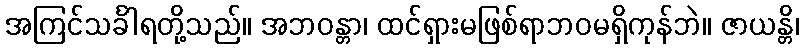
အကြင်သင်္ခါရတို့သည်။ အဘဝန္တာ၊ ထင်ရှားမဖြစ်ရာဘဝမရှိကုန်ဘဲ။ ဇာယန္တိ၊